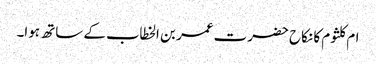
ام کلثوم کا نکاح حضرت عمر بن الخطاب کے ساتھ ہوا۔